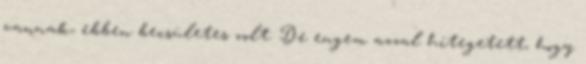
vannak, ebben becsületes volt. De engem azzal hitegetett, hogy